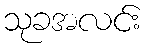
သုခအလင်း